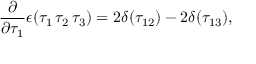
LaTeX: \frac { \partial } { \partial \tau _ { 1 } } \epsilon ( \tau _ { 1 } \, \tau _ { 2 } \, \tau _ { 3 } ) = 2 \delta ( \tau _ { 1 2 } ) - 2 \delta ( \tau _ { 1 3 } ) ,